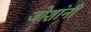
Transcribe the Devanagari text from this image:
जोशांनी